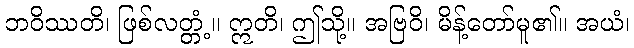
ဘဝိဿတိ၊ ဖြစ်လတ္တံ့။ ဣတိ၊ ဤသို့။ အဗြဝိ၊ မိန့်တော်မူ၏။ အယံ၊